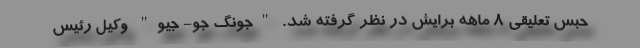
حبس تعلیقی 8 ماهه برایش در نظر گرفته شد. "جونگ جو- جیو" وکیل رئیس